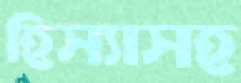
হিস্যাসহ